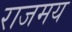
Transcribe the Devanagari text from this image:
राजमय